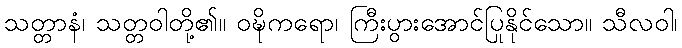
သတ္တာနံ၊ သတ္တဝါတို့၏။ ဝဍ္ဎိကရော၊ ကြီးပွားအောင်ပြုနိုင်သော။ သီလဝါ၊